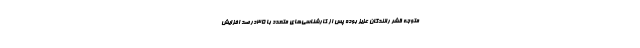
متوجه قشر رانندگان عزیز بوده پس از کارشناسی‌های متعدد با ۳۵درصد افزایش